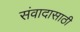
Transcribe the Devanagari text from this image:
संवादासाठी